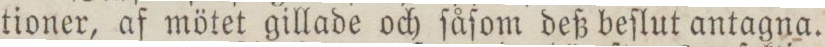
tioner, af mötet gillade och ſåſom deß beſlut antagna.